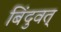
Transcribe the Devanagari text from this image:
बिंदुवत्